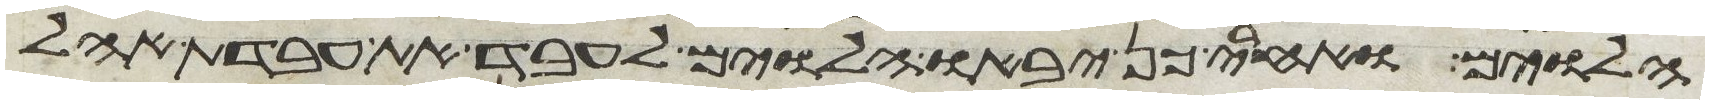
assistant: הלוים ואחרי כן יבאו הלוים לעבד את עבדת אהל